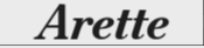
Arette